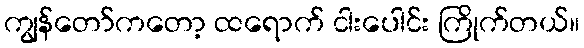
ကျွန်တော်ကတော့ ထရောက် ငါးပေါင်း ကြိုက်တယ်။